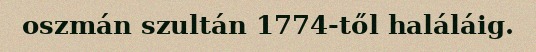
oszmán szultán 1774-től haláláig.